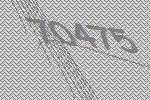
70475